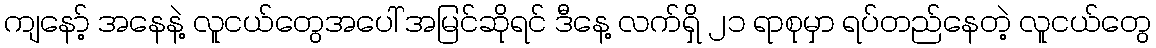
ကျနော့် အနေနဲ့ လူငယ်တွေအပေါ် အမြင်ဆိုရင် ဒီနေ့ လက်ရှိ ၂၁ ရာစုမှာ ရပ်တည်နေတဲ့ လူငယ်တွေ